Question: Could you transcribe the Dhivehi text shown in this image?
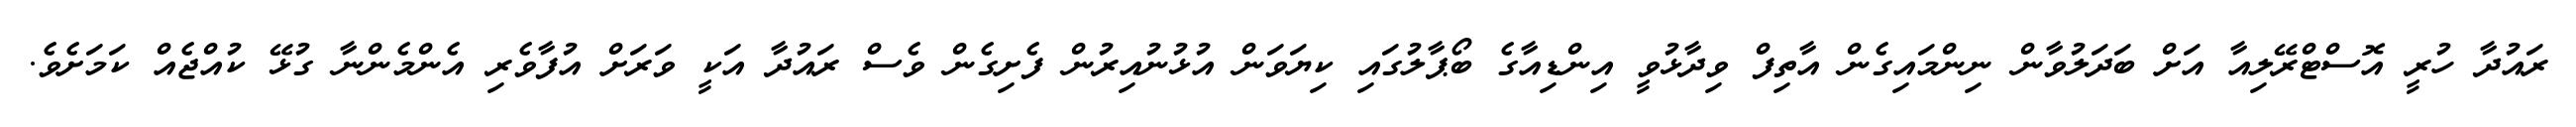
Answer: ރައުދާ ހުރީ އޮސްޓްރޭލިއާ އަށް ބަދަލުވާން ނިންމައިގެން އާތިފް ވިދާޅުވީ އިންޑިއާގެ ބޯޕާލުގައި ކިޔަވަން އުޅުނުއިރުން ފެށިގެން ވެސް ރައުދާ އަކީ ވަރަށް އުފާވެރި އެންމެންނާ ގުޅޭ ކުއްޖެއް ކަމަށެވެ.